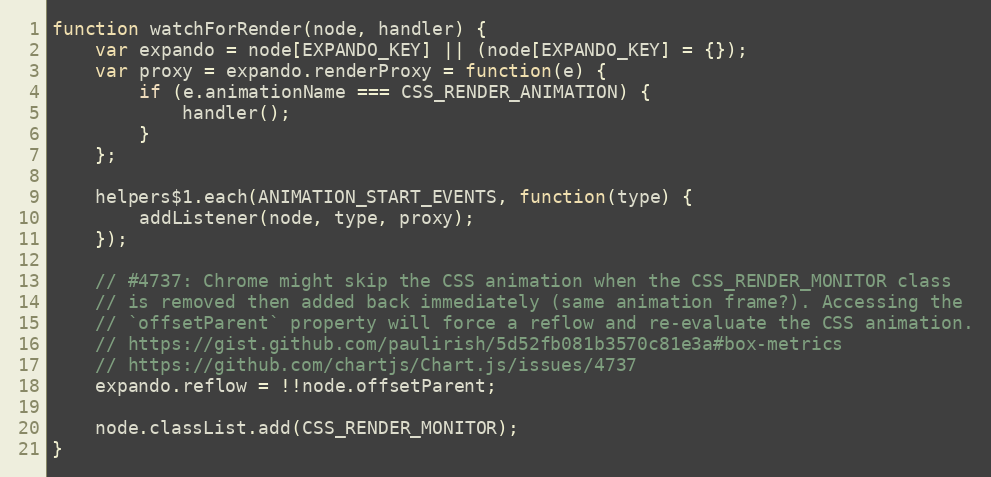
Language: JavaScript
function watchForRender(node, handler) {
	var expando = node[EXPANDO_KEY] || (node[EXPANDO_KEY] = {});
	var proxy = expando.renderProxy = function(e) {
		if (e.animationName === CSS_RENDER_ANIMATION) {
			handler();
		}
	};

	helpers$1.each(ANIMATION_START_EVENTS, function(type) {
		addListener(node, type, proxy);
	});

	// #4737: Chrome might skip the CSS animation when the CSS_RENDER_MONITOR class
	// is removed then added back immediately (same animation frame?). Accessing the
	// `offsetParent` property will force a reflow and re-evaluate the CSS animation.
	// https://gist.github.com/paulirish/5d52fb081b3570c81e3a#box-metrics
	// https://github.com/chartjs/Chart.js/issues/4737
	expando.reflow = !!node.offsetParent;

	node.classList.add(CSS_RENDER_MONITOR);
}